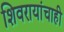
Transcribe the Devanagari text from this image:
शिवरायांचाही